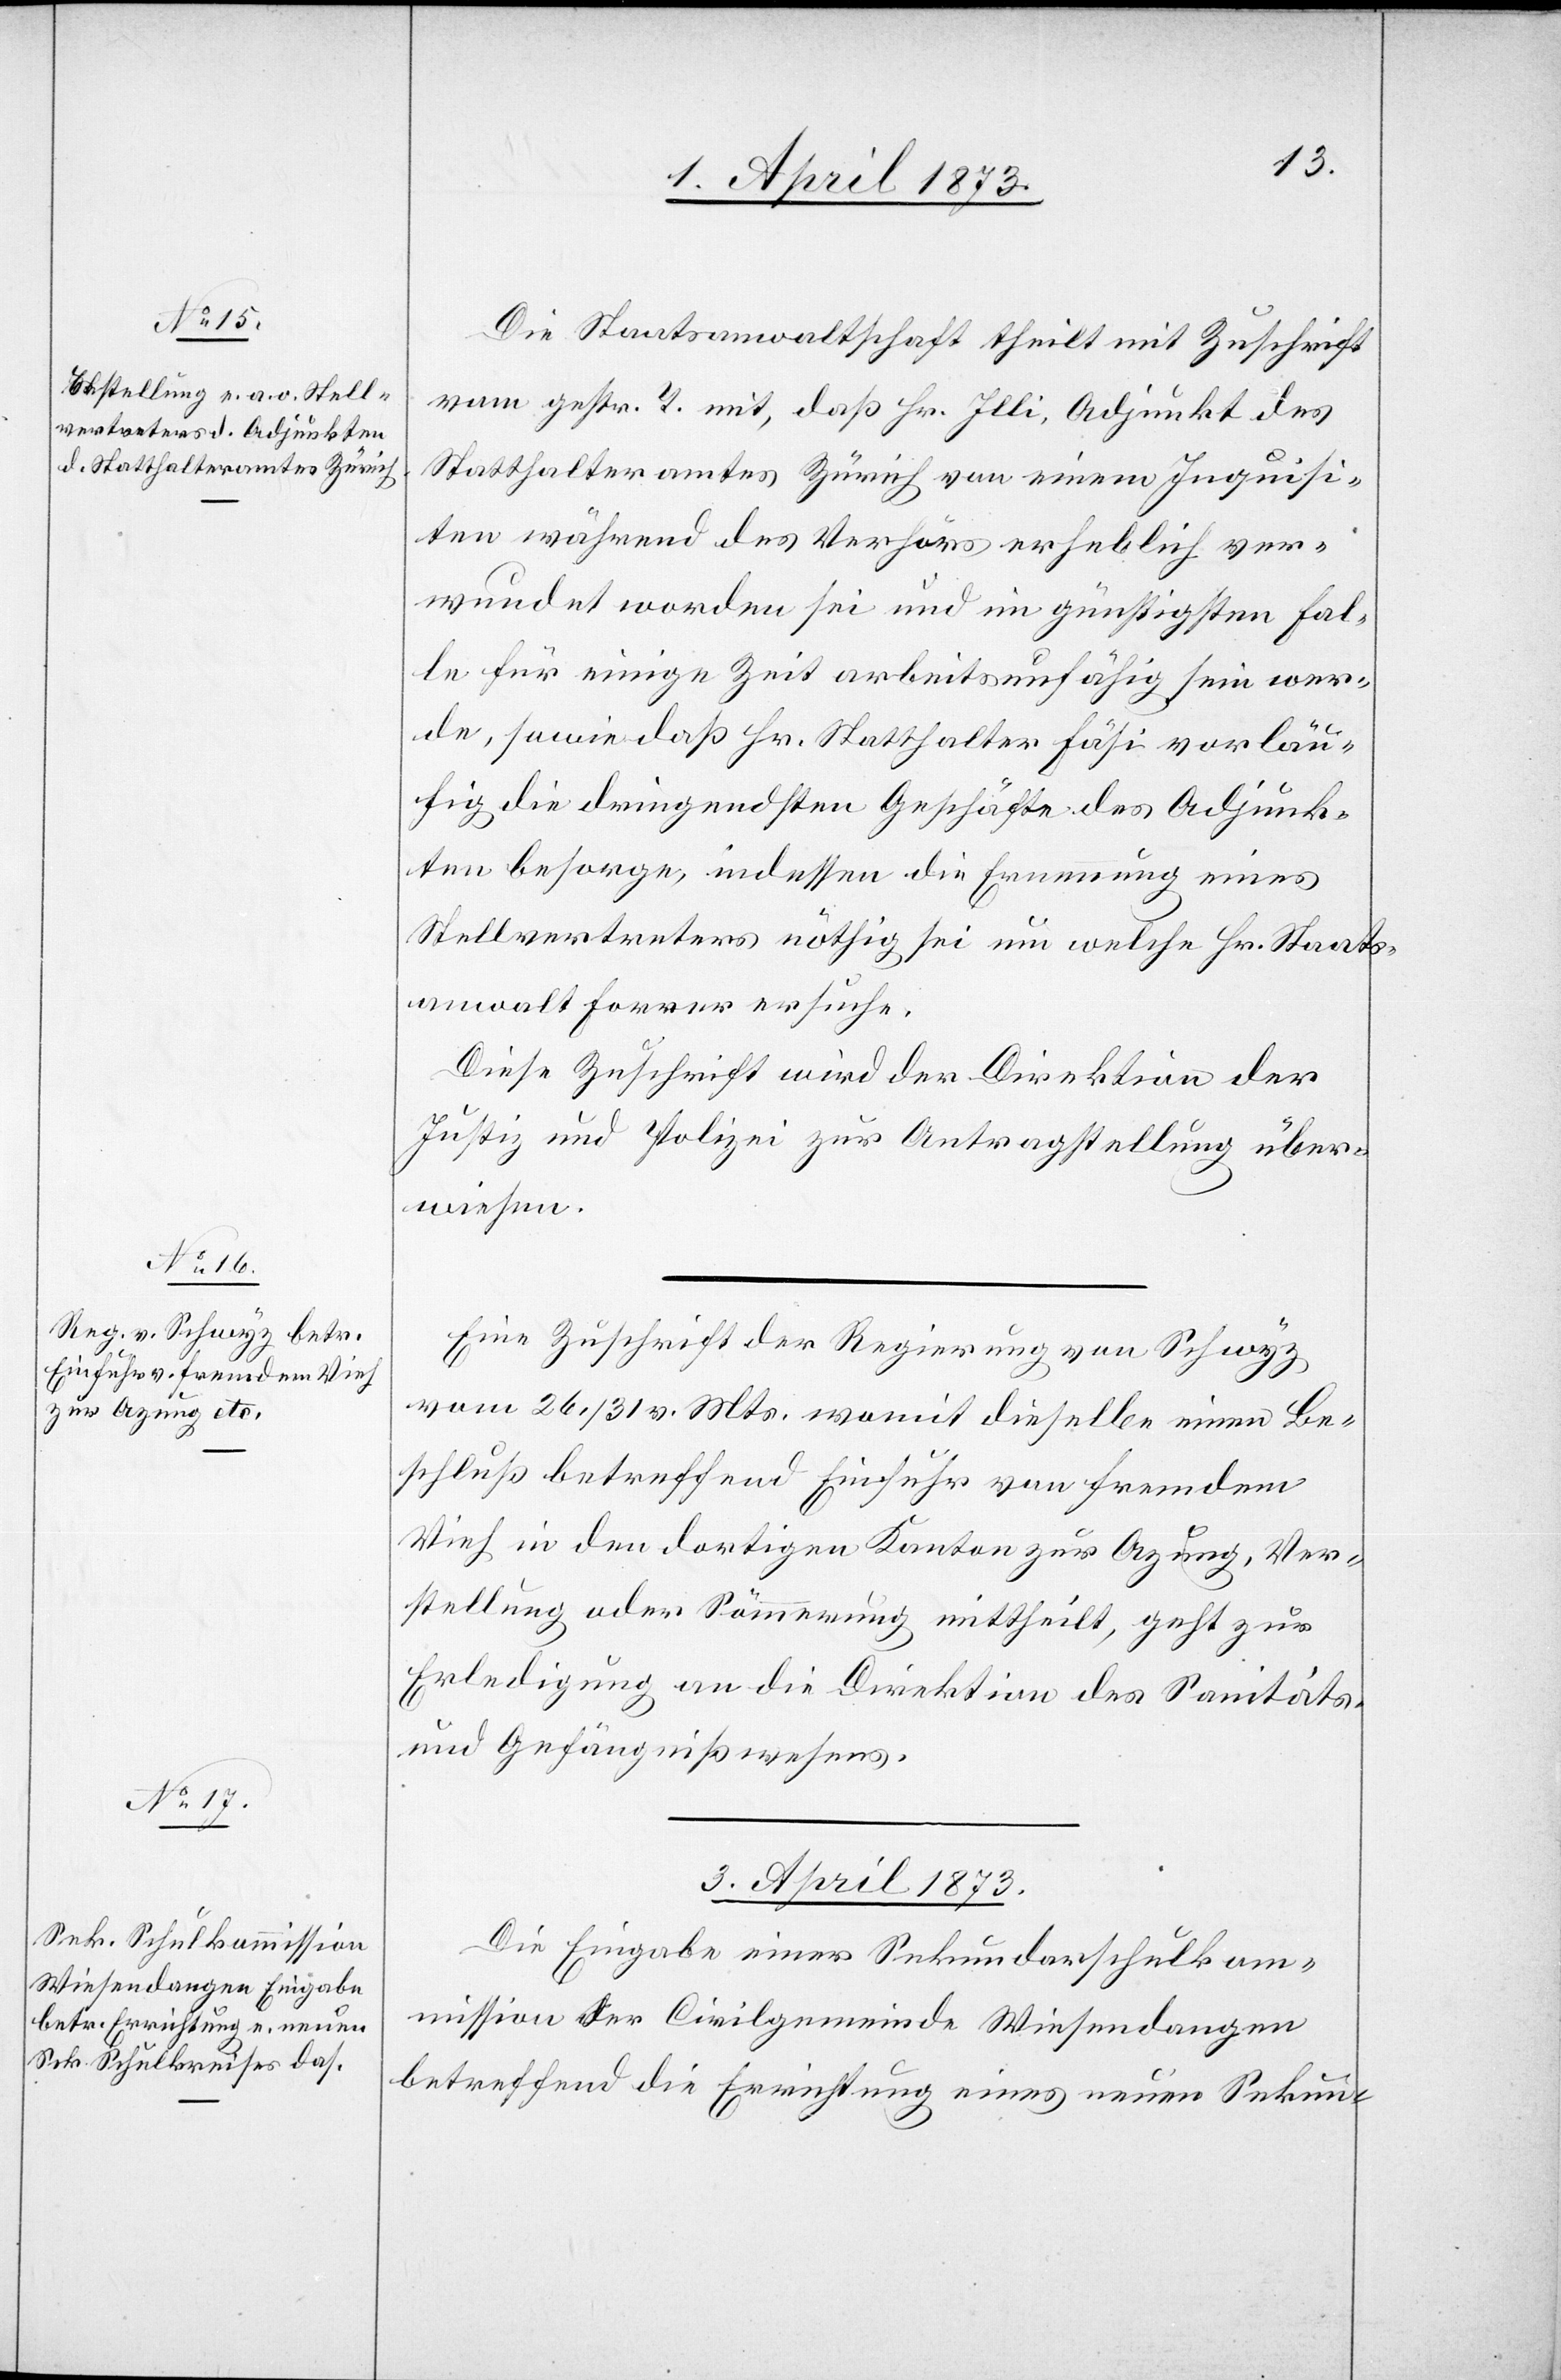
2. April 1873.]
Die Staatsanwaltschaft theilt mit Zuschrift
vom gestr. T. mit, daß Hr. Illi, Adjunkt des
Statthalteramtes Zürich von einem Inquisi¬
ten während des Verhörs erheblich ver¬
wundet worden sei und im günstigsten Fal¬
le für einige Zeit arbeitsunfähig sein wer¬
de, sowie daß Hr. Statthalter Fäsi vorläu¬
fig die dringendsten Geschäfte des Adjunk¬
ten besorge, indessen die Ernennung eines
Stellvertreters nöthig sei um welche Hr. Staats¬
anwalt Forrer ersuche.
Diese Zuschrift wird der Direktion der
Justiz und Polizei zur Antragstellung über¬
wiesen.
Eine Zuschrift der Regierung von Schwyz
vom 26./31 v. Mts. womit dieselbe einen Be¬
schluß betreffend Einfuhr von fremdem
Vieh in den dortigen Kanton zur Azung, Ver¬
stellung oder Sömmerung mittheilt, geht zur
Erledigung an die Direktion des Sanitäts-
und Gefängnißwesens.
3. April 1873.
Die Eingabe einer Sekundarschulkom¬
mission der Civilgemeinde Wiesendangen
betreffend die Errichtung eines neuen Sekun-